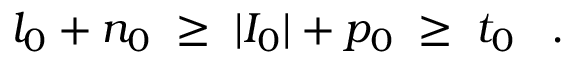
l _ { 0 } + n _ { 0 } \; \geq \; | I _ { 0 } | + p _ { 0 } \; \geq \; t _ { 0 } \; \; \; .